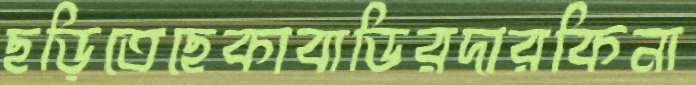
ছড়িতেছেকাবাডিরদারকিনা